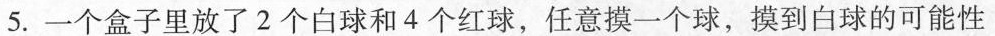
5.一个盒子里放了2个白球和4个红球，任意摸一个球，摸到白球的可能性